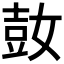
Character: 𰌌